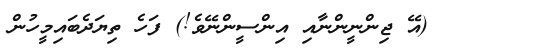
٧٥     (އޭ ޖިންނީންނާއި އިންސީންނޭވެ!) ފަހެ ތިޔަދެބައިމީހުން